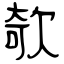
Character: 欹